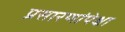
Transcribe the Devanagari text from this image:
प्रसारणांपेक्षा